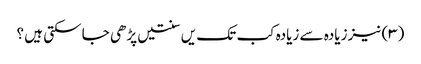
(۳) نیز زیادہ سے زیادہ کب تک یں سنتیں پڑھی جا سکتی ہیں ؟